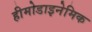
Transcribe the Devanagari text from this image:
हीमोडाइनेमिक